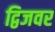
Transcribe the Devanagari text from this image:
द्विजवर